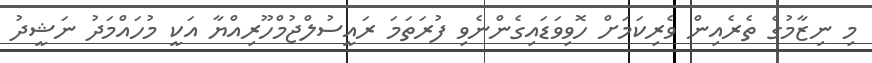
މި ނިޒާމުގެ ތެރެއިން ވެރިކަމަށް ހޮވިވަޑައިގެންނެވި ފުރަތަމަ ރައީސުލްޖުމްހޫރިއްޔާ އަކީ މުހައްމަދު ނަޝީދު